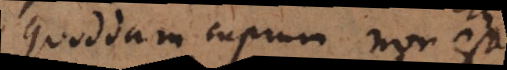
quoddam cuprum non est